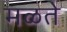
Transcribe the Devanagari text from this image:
मळते